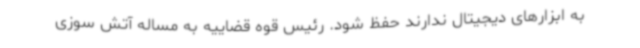
به ابزارهای دیجیتال ندارند حفظ شود. رئیس قوه قضاییه به مساله آتش سوزی